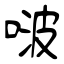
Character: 啵